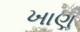
ખાણૢ